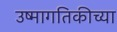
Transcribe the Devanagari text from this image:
उष्मागतिकीच्या